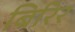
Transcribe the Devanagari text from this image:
बिरिर